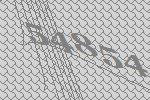
54854